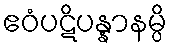
ဧဝံပဋိပန္နာနမ္ပိ